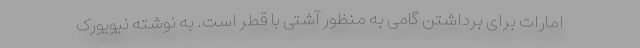
امارات برای برداشتن گامی به منظور آشتی با قطر است. به نوشته نیویورک